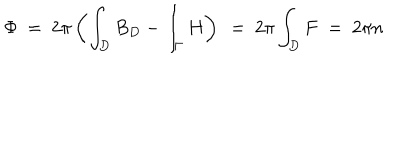
\Phi \ = \ 2 \pi \left( \int _ { D } B _ { D } - \int _ { \Gamma } H \right) \ = \ 2 \pi \int _ { D } F \ = \ 2 \pi n